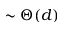
\sim \Theta ( d )